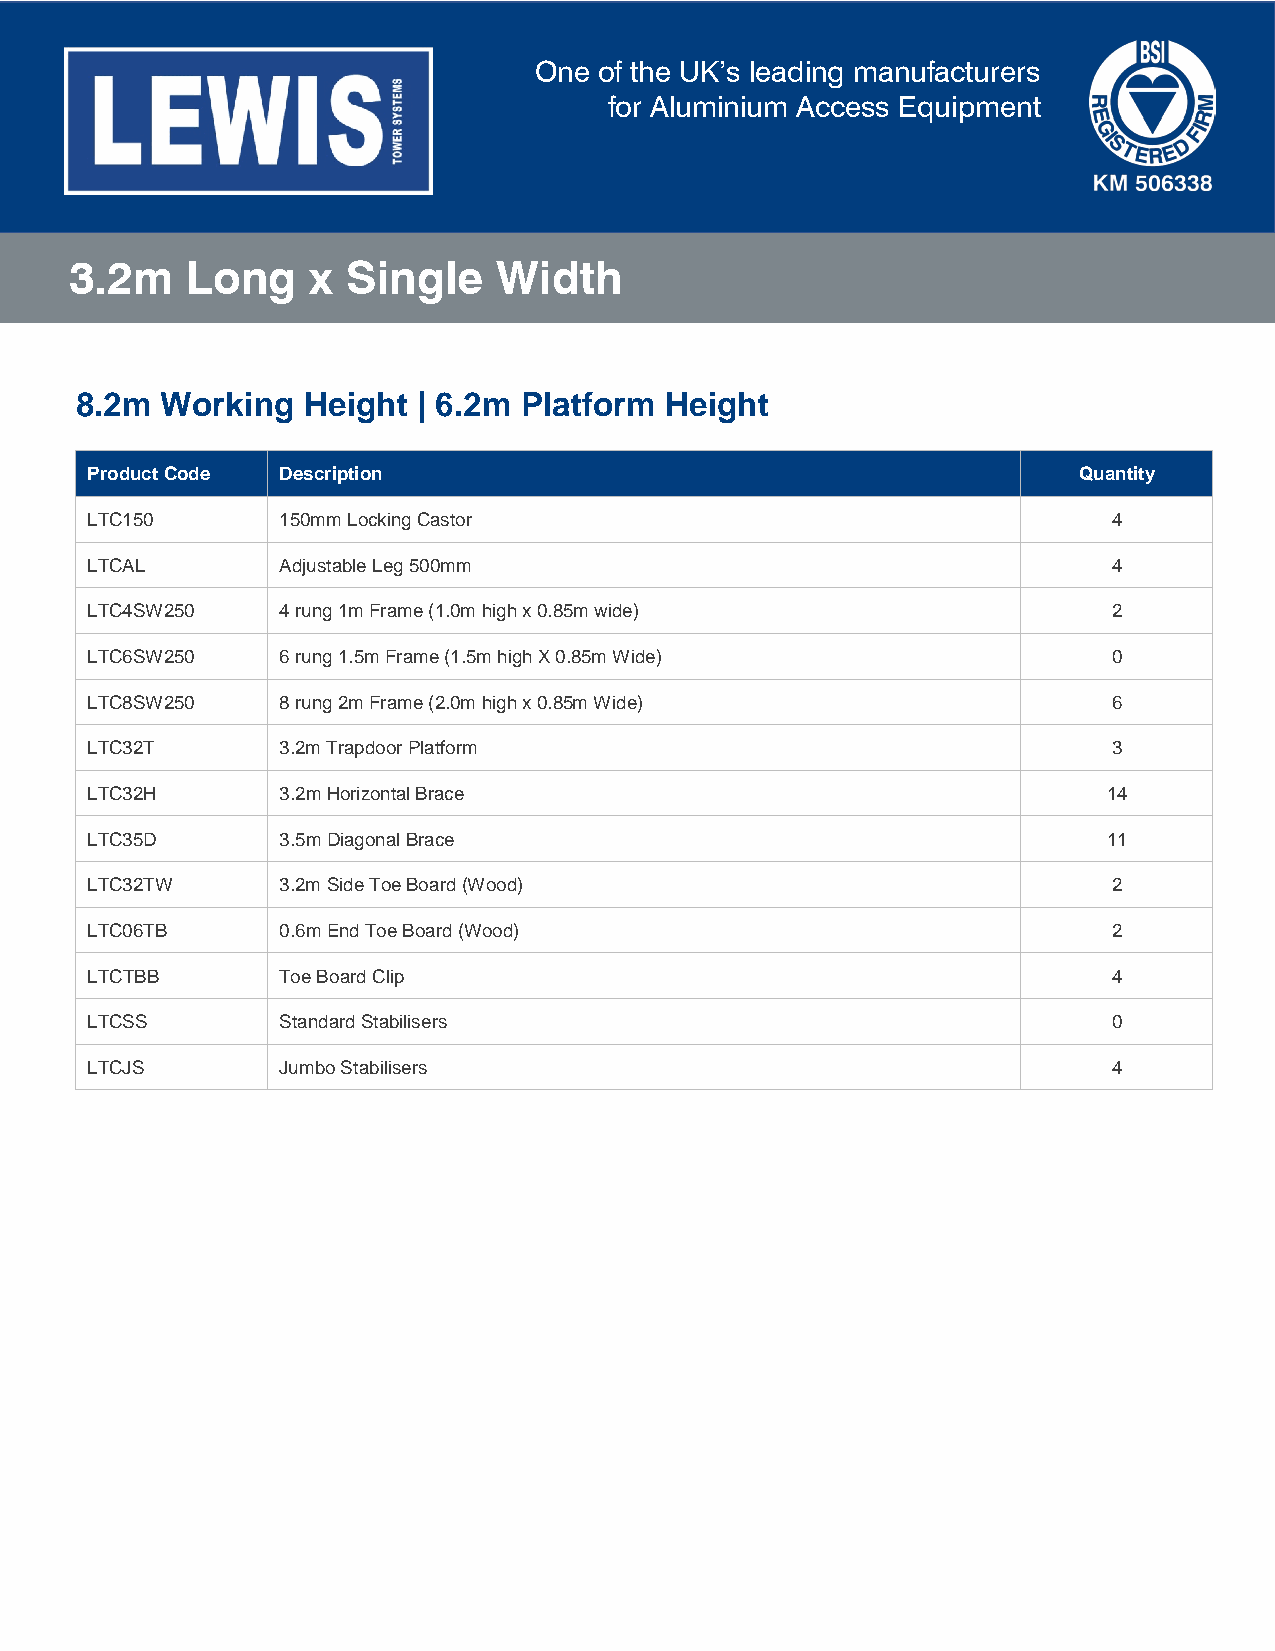
One  of the UK’s leading manufacturers
 for Aluminium Access Equipment
 3.2m   Long     x Single    Width
 8.2m  Working  Height  | 6.2m Platform Height
 Product Code Description                                         Quantity
 LTC150      150mm Locking Castor                                    4
 LTCAL       Adjustable Leg 500mm                                    4
 LTC4SW250   4 rung 1m Frame (1.0m high x 0.85m wide)                2
 LTC6SW250   6 rung 1.5m Frame (1.5m high X 0.85m Wide)              0
 LTC8SW250   8 rung 2m Frame (2.0m high x 0.85m Wide)                6
 LTC32T      3.2m Trapdoor Platform                                  3
 LTC32H      3.2m Horizontal Brace                                  14
 LTC35D      3.5m Diagonal Brace                                    11
 LTC32TW     3.2m Side Toe Board (Wood)                              2
 LTC06TB     0.6m End Toe Board (Wood)                               2
 LTCTBB      Toe Board Clip                                          4
 LTCSS       Standard Stabilisers                                    0
 LTCJS       Jumbo Stabilisers                                       4